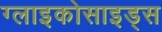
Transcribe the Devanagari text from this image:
ग्लाइकोसाइड्स